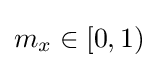
{\textstyle m_{x}\in [0,1)}